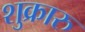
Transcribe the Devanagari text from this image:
शुक्रारु